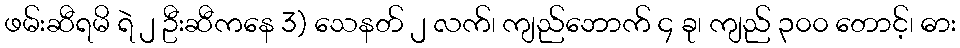
ဖမ်းဆီရမိ ရဲ ၂ ဦးဆီကနေ 3) သေနတ် ၂ လက်၊ ကျည်ဘောက် ၄ ခု၊ ကျည် ၃၀၀ တောင့်၊ ဓား